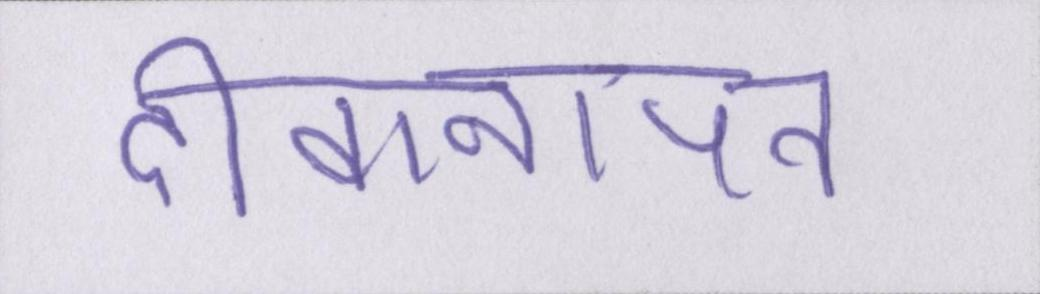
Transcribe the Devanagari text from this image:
दीवानापन